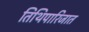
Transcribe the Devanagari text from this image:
तिथिपारिजात